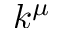
k ^ { \mu }